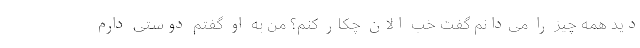
دید همه چیز را می‌دانم گفت خب الان چکار کنم؟ من به او گفتم دوستی دارم